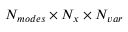
N _ { m o d e s } \times N _ { x } \times N _ { v a r }